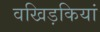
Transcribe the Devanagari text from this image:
वखिड़कियां